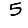
Digit: 5